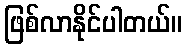
ဖြစ်လာနိုင်ပါတယ်။